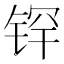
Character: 𰾉